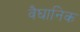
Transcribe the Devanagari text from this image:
वैघानिक